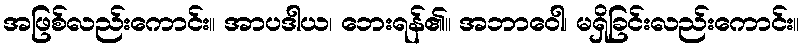
အဖြစ်လည်းကောင်း။ အာပဒါယ၊ ဘေးရန်၏။ အဘာဝေါ၊ မရှိခြင်းလည်းကောင်း။